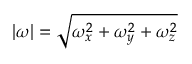
| \omega | = \sqrt { \omega _ { x } ^ { 2 } + \omega _ { y } ^ { 2 } + \omega _ { z } ^ { 2 } }